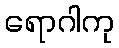
ရောဂါကု